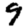
Digit: 9